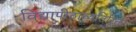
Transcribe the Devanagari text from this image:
विद्यापीठाव्यतिरिक्त